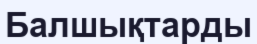
Балшықтарды